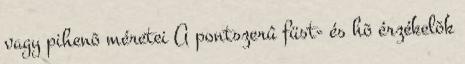
vagy pihenõ méretei A pontszerû füst- és hõ érzékelõk